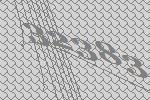
32383